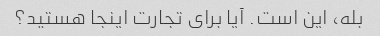
بله، این است. آیا برای تجارت اینجا هستید؟